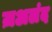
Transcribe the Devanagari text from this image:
ज़अलंद